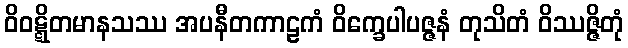
ဝိဝဋ္ဋိတမာနသဿ အပနီတကာဠကံ ဝိက္ခေပါပဇ္ဇနံ တုသိတံ ဝိဿဇ္ဇိတုံ